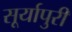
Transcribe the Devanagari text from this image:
सूर्यापुरी